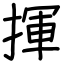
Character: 揮